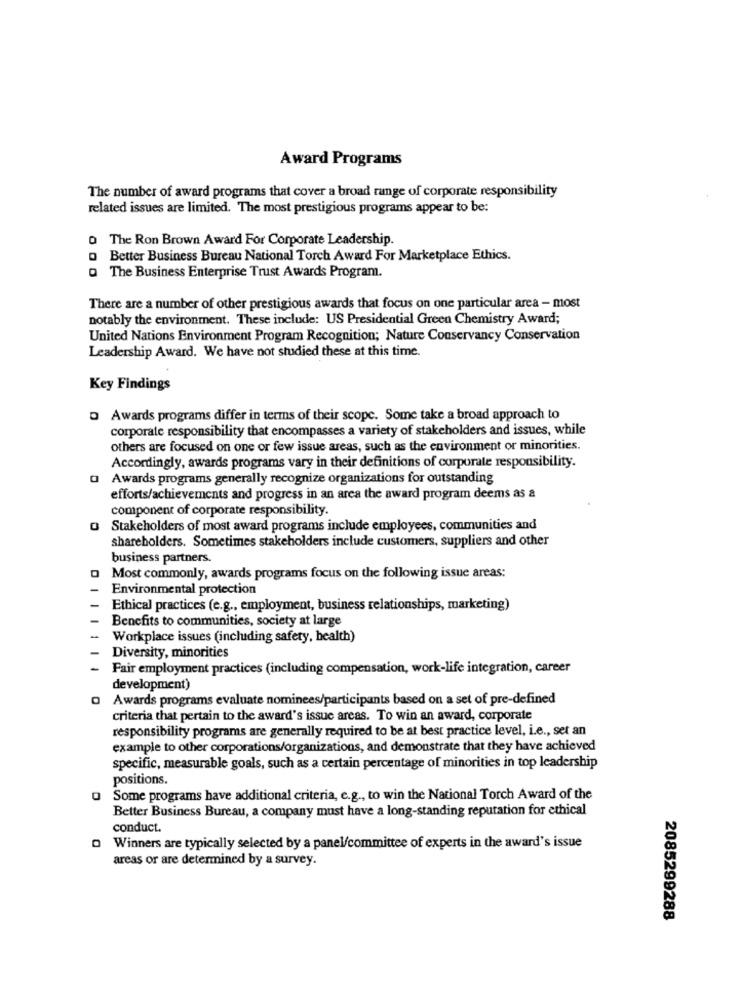
Award Programs
The number of award programs that cover a broad range of corporate responsibility
related issues are limited. The most prestigious programs appear to be:
o The Ron Brown Award For Corporate Leadership.
Q Better Business Bureau National Torch Award For Marketplace Ethics.
Q The Business Enterprise Trust Awards Program.
There are a number of other prestigious awards that focus on one particular area - most
notably the environment. These include: US Presidential Green Chemistry Award;
United Nations Environment Program Recognition; Nature Conservancy Conservation
Leadership Award. We have not studied these at this time.
Key Findings
Awards programs differ in terms of their scope. Some take a broad approach to
corporate responsibility that encompasses a variety of stakeholders and issues, while
others are focused on one or few issue areas, such as the environment or minorities.
Accordingly, awards programs vary in their definitions of corporate responsibility.
Awards programs generally recognize organizations for outstanding
efforts/achievements and progress in an area the award program deems as &
component of corporate responsibility.
O Stakeholders of most award programs include employees, communities and
shareholders. Sometimes stakeholders include customers, suppliers and other
business partners.
Most commonly, awards programs focus on the following issue areas:
Environmental protection
Ethical practices (e.g ., employment, business relationships, marketing)
Benefits to communities, society at large
Workplace issues (including safety, health)
Diversity, minorities
Fair employment practices (including compensation, work-life integration, career
development)
Q Awards programs evaluate nominees/participants based on a set of pre-defined
criteria that pertain to the award's issue areas. To win an award, corporate
responsibility programs are generally required to be at best practice level, i.e ., set an
example to other corporations/organizations, and demonstrate that they have achieved
specific, measurable goals, such as a certain percentage of minorities in top leadership
positions.
O Some programs have additional criteria, e.g ., to win the National Torch Award of the
Better Business Bureau, a company must have a long-standing reputation for ethical
conduct.
Winners are typically selected by a panel/committee of experts in the award's issue
areas or are determined by a survey.
2085299288